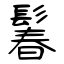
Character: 鬊